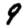
Digit: 9